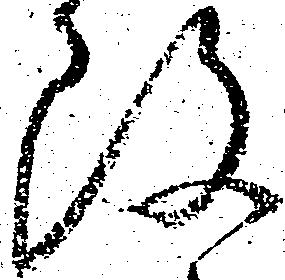
改